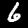
Digit: 6